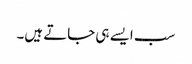
سب ایسے ہی جاتے ہیں۔